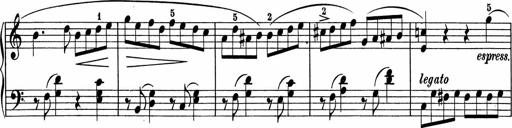
Title: 5 Sonatinen fÃ¼r die Jugend
Composer: Carl Reinecke